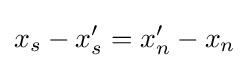
x_{s}-x_{s}'=x_{n}'-x_{n}